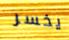
يخسر